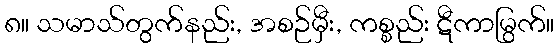
၈။ သမာသ်တွက်နည်း, အစဉ်မှီး, ကစ္စည်း ဋီကာမြွက်။